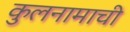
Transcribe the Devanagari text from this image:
कुलनामाची